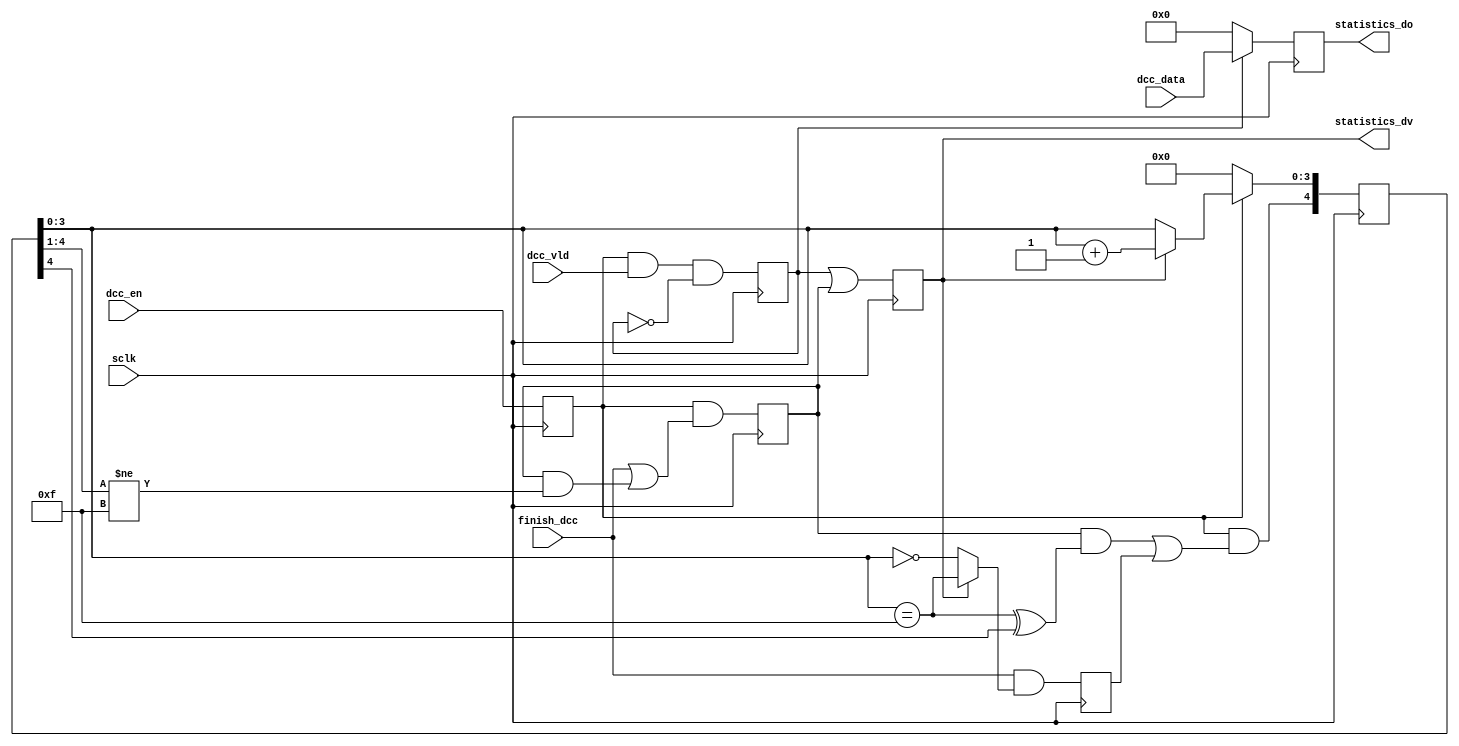
// This program was cloned from: https://github.com/Elphel/x393
// License: GNU General Public License v3.0

/*!
 * <b>Module:</b>dcc_sync393
 * @file dcc_sync393.v
 * @date 2015-06-17  
 * @author Andrey Filippov     
 *
 * @brief Synchronises output of DC components
 * Syncronizes dcc data with dma1 output, adds 16..31 16-bit zero words for Axis DMA
 * Was not used in late NC353 camera (DMA channel used fro IMU logger)
 *
 * @copyright Copyright (c) 2015 Elphel, Inc.
 *
 * <b>License:</b>
 *
 * dcc_sync393.v is free software; you can redistribute it and/or modify
 * it under the terms of the GNU General Public License as published by
 * the Free Software Foundation, either version 3 of the License, or
 * (at your option) any later version.
 *
 *  dcc_sync393.v is distributed in the hope that it will be useful,
 * but WITHOUT ANY WARRANTY; without even the implied warranty of
 * MERCHANTABILITY or FITNESS FOR A PARTICULAR PURPOSE.  See the
 * GNU General Public License for more details.
 *
 * You should have received a copy of the GNU General Public License
 * along with this program.  If not, see <http://www.gnu.org/licenses/> .
 *
 * Additional permission under GNU GPL version 3 section 7:
 * If you modify this Program, or any covered work, by linking or combining it
 * with independent modules provided by the FPGA vendor only (this permission
 * does not extend to any 3-rd party modules, "soft cores" or macros) under
 * different license terms solely for the purpose of generating binary "bitstream"
 * files and/or simulating the code, the copyright holders of this Program give
 * you the right to distribute the covered work without those independent modules
 * as long as the source code for them is available from the FPGA vendor free of
 * charge, and there is no dependence on any encrypted modules for simulating of
 * the combined code. This permission applies to you if the distributed code
 * contains all the components and scripts required to completely simulate it
 * with at least one of the Free Software programs.
 */
`timescale 1ns/1ps

module  dcc_sync393(
    input             sclk,         // system clock:  twe, ta,tdi - valid @negedge (ra, tdi - 2 cycles ahead)
    input             dcc_en, // clk rising, sync with start of the frame
    input             finish_dcc, // sclk rising
    input             dcc_vld,    // clk rising
    input      [15:0] dcc_data, //[15:0] clk risimg
    output reg        statistics_dv, //sclk
    output reg [15:0] statistics_do); //[15:0] sclk

    reg           statistics_we;
    reg           dcc_run;
    reg           dcc_finishing;
    reg           skip16; // output just 16 zero words (data was multiple of 16 words)
    reg    [ 4:0] dcc_cntr;
    
    always @ (posedge sclk) begin
        dcc_run <= dcc_en;
        statistics_we <= dcc_run && dcc_vld && !statistics_we;
        statistics_do[15:0] <= statistics_we?dcc_data[15:0]:16'h0;
        statistics_dv <= statistics_we || dcc_finishing;
        skip16 <= finish_dcc && (statistics_dv?(dcc_cntr[3:0]==4'hf):(dcc_cntr[3:0]==4'h0) ); 
        if (!dcc_run)           dcc_cntr[3:0] <= 4'h0;
        else if (statistics_dv) dcc_cntr[3:0] <= dcc_cntr[3:0]+1; 
        dcc_cntr[4]   <= dcc_run && ((dcc_finishing && ((dcc_cntr[3:0]==4'hf)^dcc_cntr[4]) || skip16));
        dcc_finishing <= dcc_run && (finish_dcc   || (dcc_finishing && (dcc_cntr[4:1]!=4'hf)));
    end

endmodule